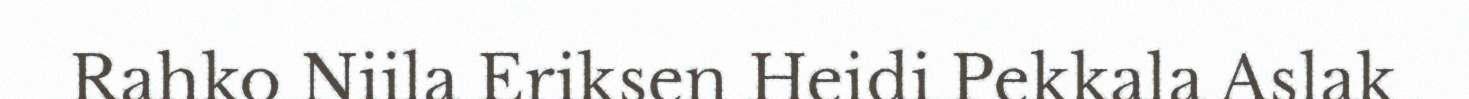
Rahko Niila Eriksen Heidi Pekkala Aslak